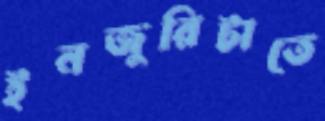
ইনজুরিটাতে